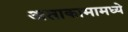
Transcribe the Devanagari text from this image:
अताकामामध्ये